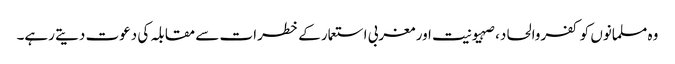
وہ مسلمانوں کو کفروالحاد، صہیونیت اور مغربی استعمار کے خطرات سے مقابلہ کی دعوت دیتے رہے۔